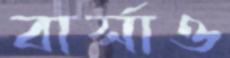
বার্সাও